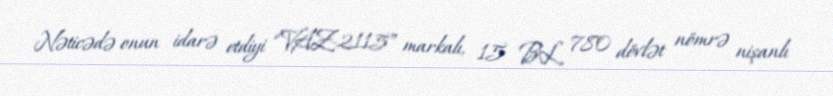
Nəticədə onun idarə etdiyi “VAZ-2115” markalı, 15 BL 780 dövlət nömrə nişanlı